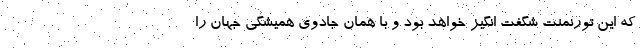
که این تورنمنت شگفت انگیز خواهد بود و با همان جادوی همیشگی جهان را